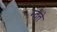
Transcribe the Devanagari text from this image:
म्दते